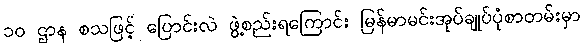
၁၀ ဌာန စသဖြင့် ပြောင်းလဲ ဖွဲ့စည်းရကြောင်း မြန်မာမင်းအုပ်ချုပ်ပုံစာတမ်းမှာ